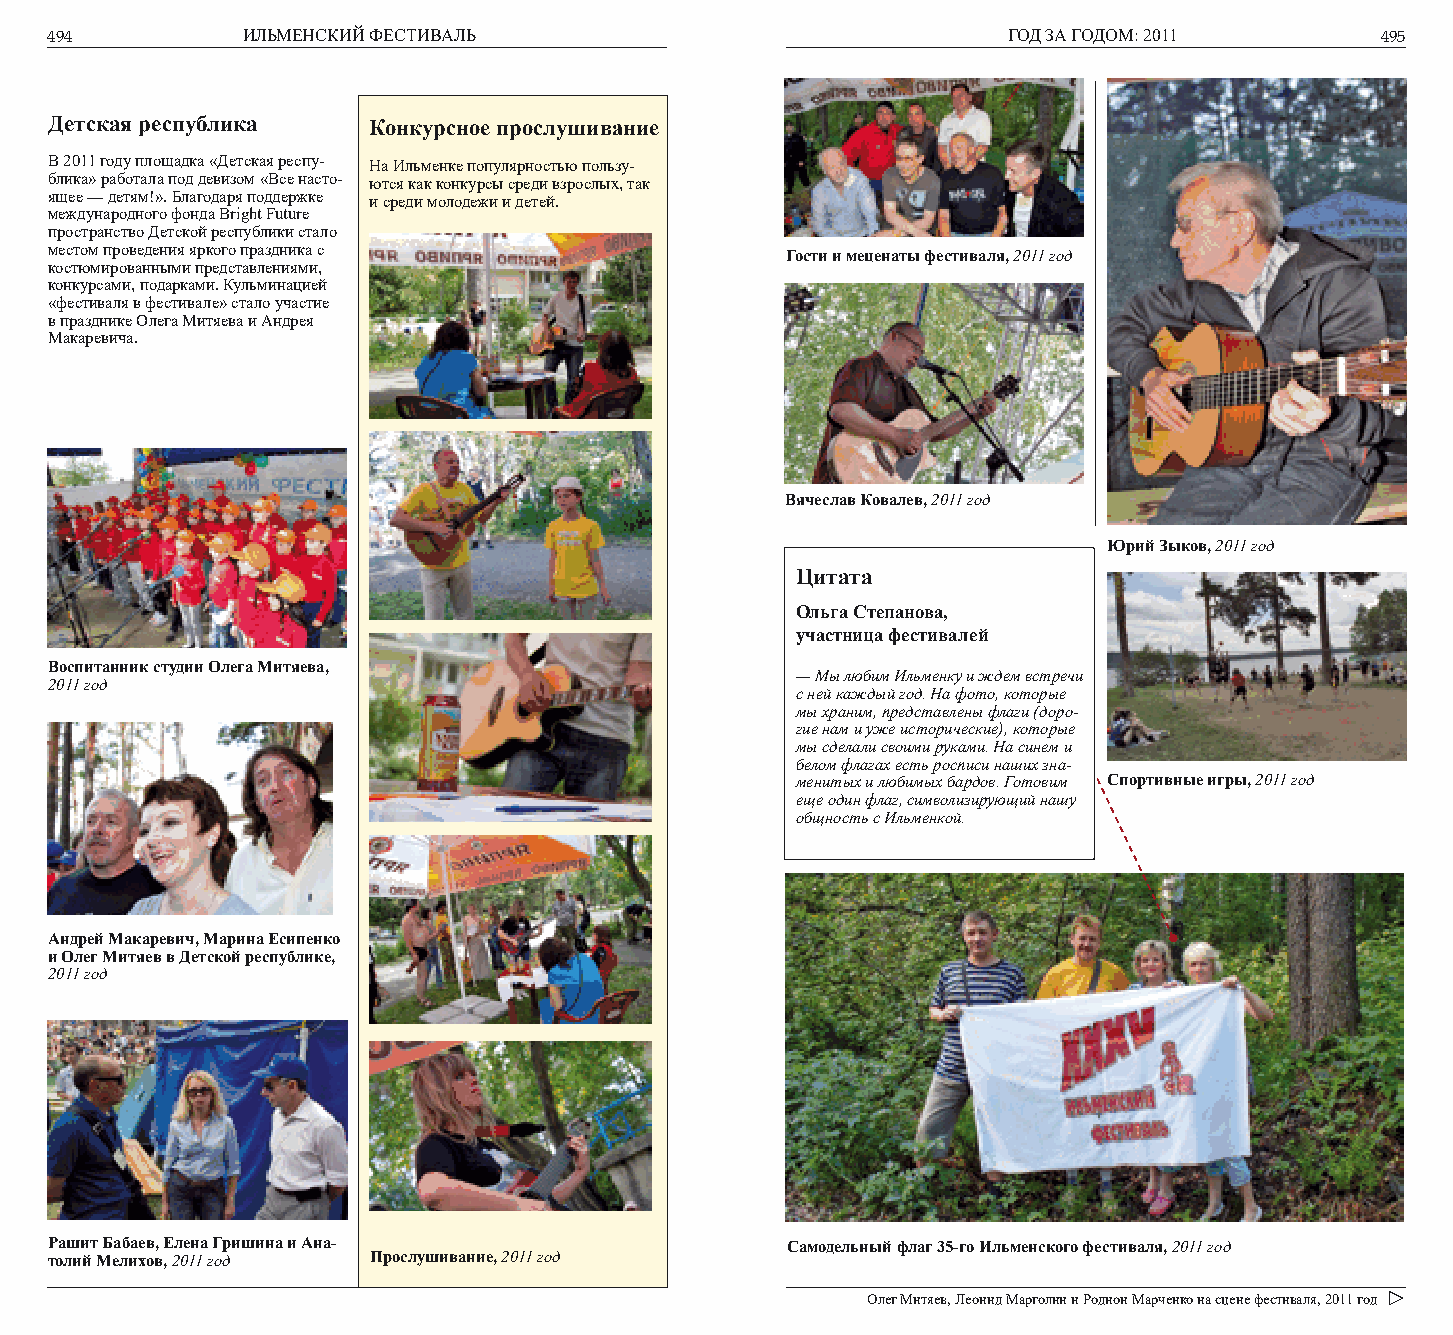
494          ИЛЬМЕНСКИЙ ФЕСТИВАЛЬ                               ГОД ЗА ГОДОМ: 2011      495
 Детская республика   Конкурсное прослушивание
 В 2011 году площадка «Детская респу- На Ильменке популярностью пользу-
 блика» работала под девизом «Все насто- ются как конкурсы среди взрослых, так
 ящее — детям!». Благодаря поддержке и среди молодежи и детей.
 международного фонда Bright Future
 пространство Детской республики стало
 местом проведения яркого праздника с             Гости и меценаты фестиваля, 2011 год
 костюмированными представлениями,
 конкурсами, подарками. Кульминацией
 «фестиваля в фестивале» стало участие
 в празднике Олега Митяева и Андрея
 Макаревича.
 Вячеслав Ковалев, 2011 год
 Юрий Зыков, 2011 год
 Цитата
 Ольга Степанова,
 участница фестивалей
 Воспитанник студии Олега Митяева,
 — Мы любим Ильменку и ждем встречи
 2011 год
 с ней каждый год. На фото, которые
 мы храним, представлены флаги (доро-
 гие нам и уже исторические), которые
 мы сделали своими руками. На синем и
 белом флагах есть росписи наших зна-
 менитых и любимых бардов. Готовим Спортивные игры, 2011 год
 еще один флаг, символизирующий нашу
 общность с Ильменкой.
 Андрей Макаревич, Марина Есипенко
 и Олег Митяев в Детской республике,
 2011 год
 Рашит Бабаев, Елена Гришина и Ана-               Самодельный флаг 35-го Ильменского фестиваля, 2011 год
 толий Мелихов, 2011 год Прослушивание, 2011 год
 Олег Митяев, Леонид Марголин и Родион Марченко на сцене фестиваля, 2011 год